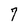
Character: 7